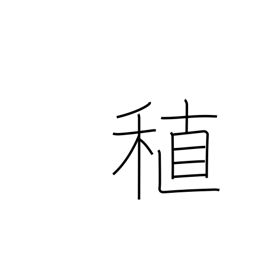
Meaning: early-maturing rice